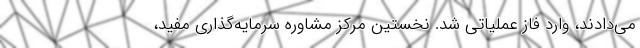
می‌دادند، وارد فاز عملیاتی شد. نخستین مرکز مشاوره سرمایه‌گذاری مفید،